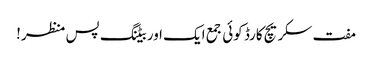
مفت سکریچ کارڈ کوئی جمع ایک اور بیٹنگ پس منظر!